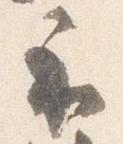
示